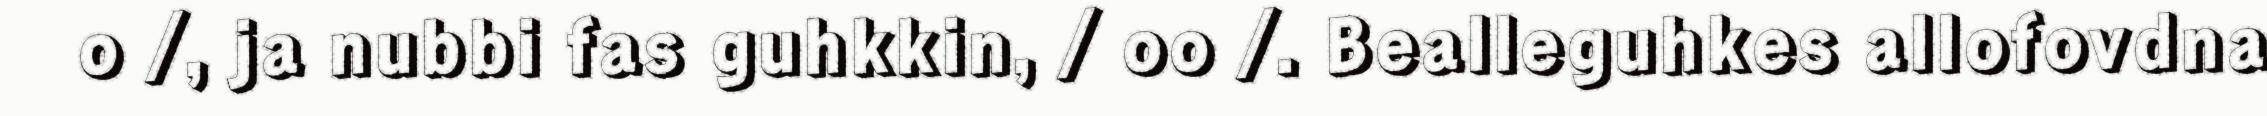
o /, ja nubbi fas guhkkin, / oo /. Bealleguhkes allofovdna